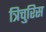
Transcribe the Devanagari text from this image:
त्रिचुरिस